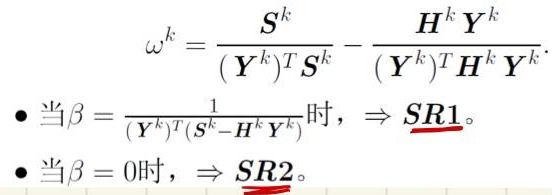
\[
\begin{align*}
\omega^k&=\frac{S^k}{(Y^k)^TS^k}-\frac{H^kY^k}{(Y^k)^TH^kY^k}.\\
&\text{当}\beta = \frac{1}{(Y^k)^T(S^k - H^kY^k)}\text{时，}\Rightarrow \underline{SR1}。\\
&\text{当}\beta = 0\text{时，}\Rightarrow \underline{SR2}。
\end{align*}
\]